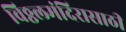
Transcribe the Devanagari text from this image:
विठ्ठलमंदिरासाठी